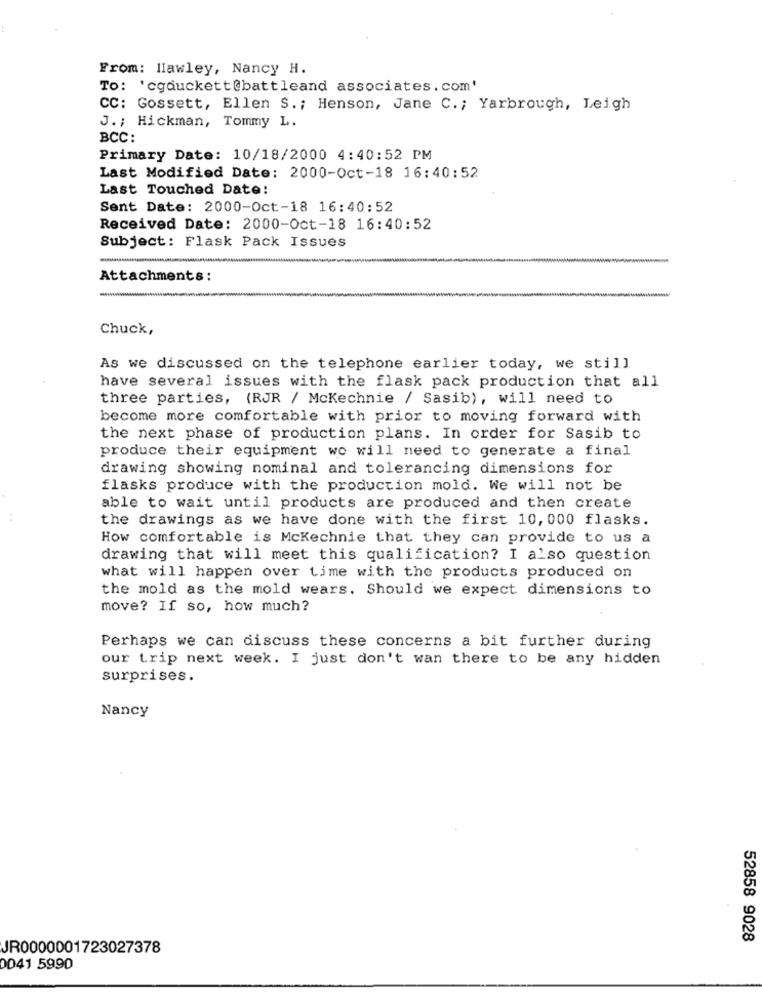
From: Hawley, Nancy H.
To: 'cgduckett@battleand associates.com'
CC: Gossett, Ellen S .; Henson, Jane C .; Yarbrough, Leigh
J .; Hickman, Tommy L.
BCC:
Primary Date: 10/18/2000 4:40:52 PM
Last Modified Date: 2000-Oct-18 16:40:52
Last Touched Date:
Sent Date: 2000-Oct-18 16:40:52
Received Date: 2000-Oct-18 16:40:52
Subject: Flask Pack Issues
-
Attachments:
-
Chuck,
As we discussed on the telephone earlier today, we still
have several issues with the flask pack production that all
three parties, (RJR / McKechnie / Sasib), will need to
become more comfortable with prior to moving forward with
the next phase of production plans. In order for Sasib to
produce their equipment wo will need to generate a final
drawing showing nominal and tolerancing dimensions for
flasks produce with the production mold. We will not be
able to wait until products are produced and then create
the drawings as we have done with the first 10, 000 flasks.
How comfortable is McKechnie that they can provide to us a
drawing that will meet this qualification? I also question
what will happen over time with the products produced on
the mold as the mold wears. Should we expect dimensions to
move? If so, how much?
Perhaps we can discuss these concerns a bit further during
our trip next week. I just don't wan there to be any hidden
surprises.
Nancy
52858 9028
JR0000001723027378
0041 5990